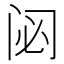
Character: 𮤲